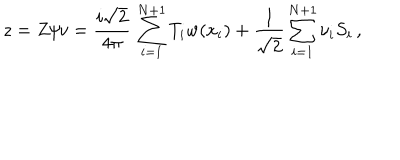
z = Z / v = { \frac { i \sqrt { 2 } } { 4 \pi } } \, \sum _ { i = 1 } ^ { N + 1 } T _ { i } w ( x _ { i } ) + { \frac { 1 } { \sqrt { 2 } } } \sum _ { i = 1 } ^ { N + 1 } \nu _ { i } S _ { i } \, ,